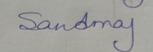
Signature authenticity: genuine